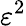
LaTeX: \varepsilon^{2}